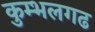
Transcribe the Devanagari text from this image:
कुम्‍भलगढ